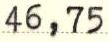
46,75